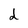
Character: d